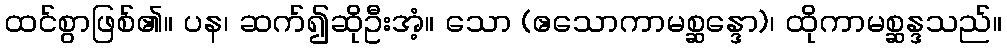
ထင်စွာဖြစ်၏။ ပန၊ ဆက်၍ဆိုဦးအံ့။ သော (ဧသောကာမစ္ဆန္ဒော)၊ ထိုကာမစ္ဆန္ဒသည်။